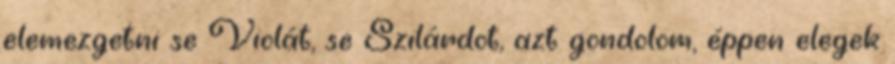
elemezgetni se Violát, se Szilárdot, azt gondolom, éppen elegek